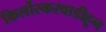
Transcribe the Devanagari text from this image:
किर्लोस्करवाडीहून